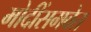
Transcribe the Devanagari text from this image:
मोदींसमवेत